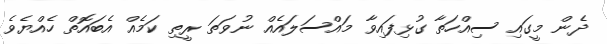
ދެން މީގައި ސިއްހަތާ ގުޅިފައިވާ މައްސަލައެއް ނުވަތަ ރީތި ކަމެއް އެބައޮތް ހެއްޔެވެ